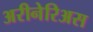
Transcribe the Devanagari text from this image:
अरीनेरिअस